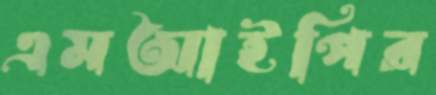
এমআইপির